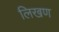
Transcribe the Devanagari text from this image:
लिखण